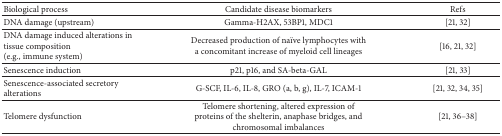
<table><thead><tr><td><b>Biological process</b></td><td><b>Candidate disease biomarkers</b></td><td><b>Refs</b></td></tr></thead><tbody><tr><td>DNA damage (upstream)</td><td>Gamma-H2AX, 53BP1, MDC1</td><td>[21, 32]</td></tr><tr><td>DNA damage induced alterations in tissue composition(e.g., immune system)</td><td>Decreased production of naïve lymphocytes with a concomitant increase of myeloid cell lineages</td><td>[16, 21, 32]</td></tr><tr><td>Senescence induction</td><td>p21, p16, and SA-beta-GAL</td><td>[21, 33]</td></tr><tr><td>Senescence-associated secretory alterations</td><td>G-SCF, IL-6, IL-8, GRO (a, b, g), IL-7, ICAM-1</td><td>[21, 32, 34, 35]</td></tr><tr><td>Telomere dysfunction</td><td>Telomere shortening, altered expression of proteins of the shelterin, anaphase bridges, and chromosomal imbalances</td><td>[21, 36–38]</td></tr></tbody></table>